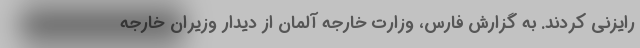
رایزنی کردند. به گزارش فارس، وزارت خارجه آلمان از دیدار وزیران خارجه